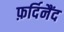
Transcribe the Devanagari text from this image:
फ़र्दिनैंद